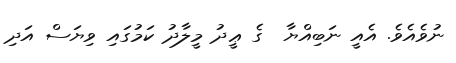
ނުވެއެވެ. އެއީ ނަބިއްޔާ  ގެ ޢީދު މީލާދު ކަމުގައި ވިޔަސް އަދި